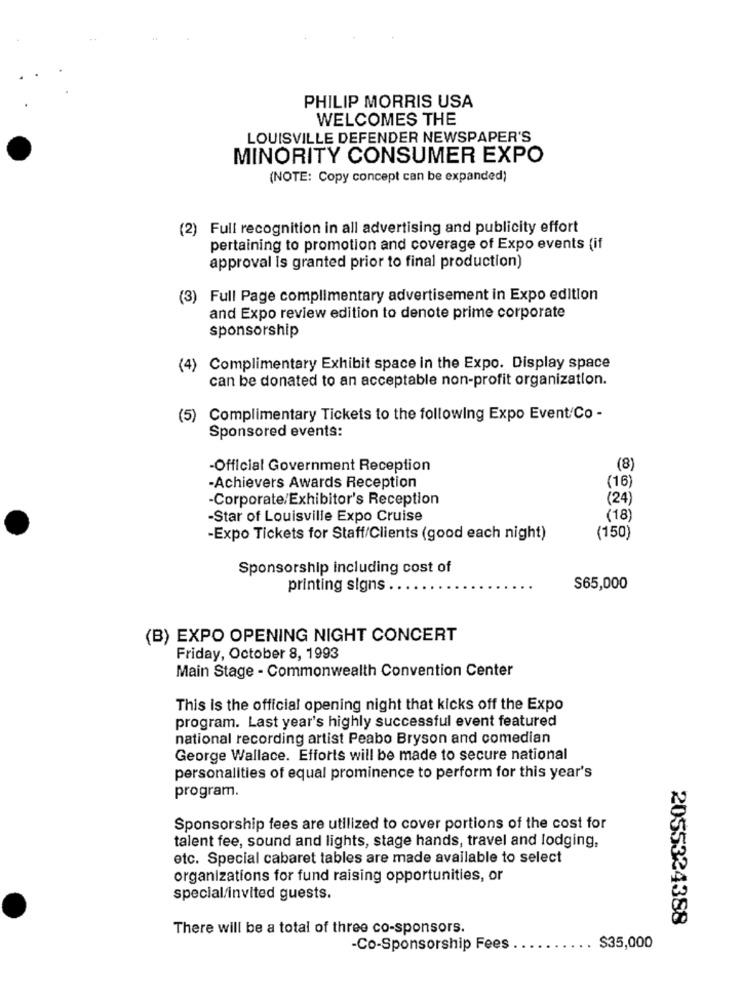
PHILIP MORRIS USA
WELCOMES THE
LOUISVILLE DEFENDER NEWSPAPER'S
MINORITY CONSUMER EXPO
(NOTE: Copy concept can be expanded)
(2) Full recognition in all advertising and publicity effort
pertaining to promotion and coverage of Expo events (if
approval is granted prior to final production)
(3) Full Page complimentary advertisement in Expo edition
and Expo review edition to denote prime corporate
sponsorship
(4) Complimentary Exhibit space in the Expo. Display space
can be donated to an acceptable non-profit organization.
(5) Complimentary Tickets to the following Expo Event Co -
Sponsored events:
-Official Government Reception
(8)
-Achievers Awards Reception
(16)
-Corporate/Exhibitor's Reception
(24)
-Star of Louisville Expo Cruise
(18)
-Expo Tickets for Staff/Clients (good each night)
(150)
Sponsorship including cost of
printing signs .
$65,000
(B) EXPO OPENING NIGHT CONCERT
Friday, October 8, 1993
Main Stage - Commonwealth Convention Center
This is the official opening night that kicks off the Expo
program. Last year's highly successful event featured
national recording artist Peabo Bryson and comedian
George Wallace. Efforts will be made to secure national
personalities of equal prominence to perform for this year's
program.
Sponsorship fees are utilized to cover portions of the cost for
talent fee, sound and lights, stage hands, travel and lodging,
etc. Special cabaret tables are made available to select
organizations for fund raising opportunities, or
special/invited guests.
2055324388
There will be a total of three co-sponsors.
-Co-Sponsorship Fees
$35,000